Medical and sanitary report of the native army of Bengal for the year
Year: 1875
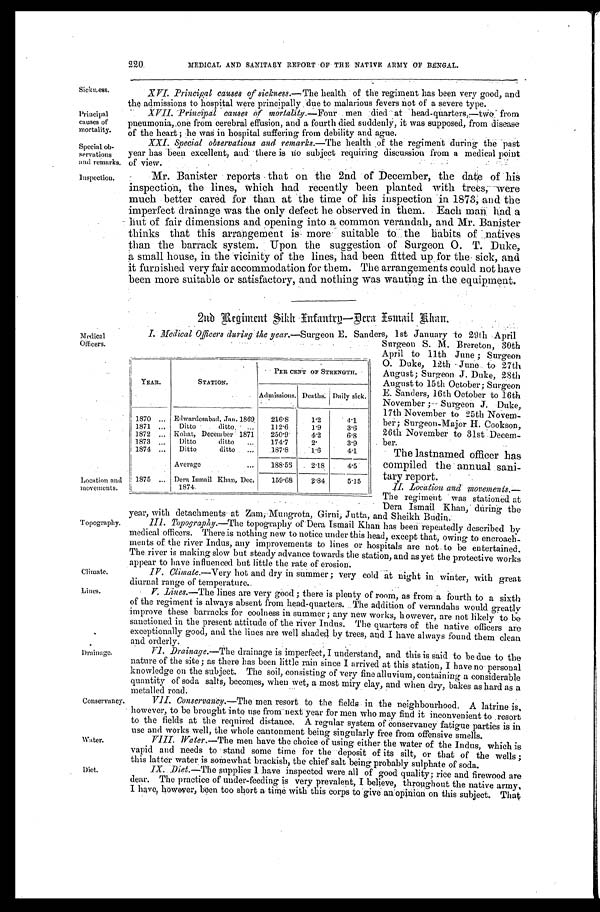
Sick ness.
Principal causes of
mortality.
Special.ob
-servat i ons
and remarks.
Inspection.
Medical Of f i c e r s .
Location and
movements.
' Topography.
Climate.
Lines.
Drainage.
220.MEDICAL AND SANITARY REPORT OF THE NATIVE ARMY OF BENGAL.
XVI. Principal causes of sickness.--The health of the regiment has been very good, and
the admissions to hospital were principally due to malarious fevers not of a severe type.
XVII. Pri nci pal causes of mort al i t y. -Fou m e n d i e d a t h e a d - q u a r t e r s , - - - t W O f r o m
pneumonia, one from cerebral effusion, and a fourth died suddenly, it was supposed, from disease
of the heart; he was in hospital suffering from debility and ague.
XXI. Special observations and remarks.—The health of the regiment during the-past
year has been excellent, and there is no subject requiring discussion from a medical point
of view..
Mr. Banister reports that on the 2nd of December, the date of his
inspection, the lines, which had recently been planted with trees, were
much better cared for than at the time of his inspection in 1873, and the
imperfect drainage was the only defect he observed in them. Each man . had a
hut of fair dimensions and opening into a common verandah, and Mr. Banister
thinks that this arrangement is more suitable to the habits of natives
than the barrack system. Upon the suggestion of Surgeon 0. T. Duke,
a small house, in the vicinity of the lines, had been fitted up . f o r t h e : s i c k , a n d
it furnished very fair accommodation for them. The arrangements could not have
been more suitable or satisfactory, and nothing was wanting in. the .equipment.
2nd Regiment Sikk Infantrg-Dera
T. Medical Officer.? during. the year.—Surgeon E. Sanders, 1st January to 29th April
Topography.—Thet o p o g r a p h y o f D e r a I s m a i l K h a n h a s b e e n r e p e a t e d l y d e s c r i b e d b y
medical officers. There is nothing new to notice under this head, except that, owing to encroach
- m e n t s o f t h e r i v e r I n d u s , a n y i m p r o v e m e n t s t o l i n e s o r h o s p i t a l s a r e n o t t o b e e n t e r t a i n e d .
The river is making slow but steady advance towards the station, and as yet the protective works
appear to have influenced but little the rate of erosion.
IV P. Climate.—Very hot and dry in summer; very cold at night in winter, with great
diurnal range of' temperature..
V.Lines.—The lines are very good; there is plenty of room, as from a fourth to a sixth
of the regiment is always absent from head-quarters. The addition of verandahs would greatly
improve these barracks for coolness in summer; any new works, however, are not likely to be
sanctioned in the present attitude of the river Indus. The quarters of the native officers are
exceptionally good, and the lines are well shaded by trees, and I have always found them clean
and orderly.
VI.Drainage.—The drainage is imperfect, I understand, and this is said to be due to the
nature of the site; as there has been little rain since I arrived at this station, I have no personal
knowledge on the subject. The soil, consisting of' very fine alluvium, containing a considerable
quantity of soda salts, becomes, when wet, a most miry clay, and when dry, bakes as hard as a
metalled road.
Conservancy. VII. Conservancy.—The men resort to the fields in the neighbourhood. A latrine is,
however, to be brought into use from next year for men who may find it inconvenient to resort
to the fields at the required distance. A regular system of conservancy fatigue parties is in
use and works well, the whole cantonment being singularly free from offensive smells.
Water. VI I I . Wat er . —T h e
m e n h a v e t h e c h o i c e o f u s i n g e i t h e r t h e w a t e r o f t h e I n d u s , w h i c h i s
vapid and needs to stand some time for the deposit of its silt, or that of the wells;
this latter water is somewhat brackish, the chief salt being probably sulphate of soda.
Diet. IX. Diet.—The supplies I have inspected were all a good quality; rice and firewood are
dear. The practice of under-feeding is very prevalent, I believe, throughout the native army,
I have, however, been too short a time with this corps to give an opinion on this subject. That
Y E A R .
STATION.
PER CENT OF STRENGTH.
Admissions. Deaths. Daily sick.
1870 Edwardesabad, Jan.1869. 216.8 1. 2 4.1
1871
Ditto ditto ,
112.6 1.9
3 . 6
1872 Kohat,December 1871 250.9 4. 2
6 . 8
1873
Ditto ditto
174.7 2 .
3 . 9
1874
Ditto ditto
187.8 1. 6
4.1
Average
188.56 2.8 4 . 5
1875
i
_
Dera Ismail Khan, Dec,
1874.
159.68
2 . 8 4 5. 15
Surgeon S. M. Brereton, 30th
April to 11th June; Surgeon
0. Duke, 12th June to. 27th
August; Surgeon J. Duke, 28th
August to 15th October; Surgeon
E. Sanders, 16th October to 16th
November .Surgeon J.Duke,
17th November to 25th No
v e m b e r ; S u r g e o n - M a j o r H . C o o k s o n , 26th November to 31st Decem
-ber.
The lastnamed officer has
compiled the annual .sani
- t a r r e p o r t .
I L L o c a t i o n a n d m i o v e m e n t s , -
The regiment was stationed at
Dera Ismail Khan,' during the
year, with detachments-at Zam;.Mungrota, Girni, Jutta, and Sheikh. B u d i n .